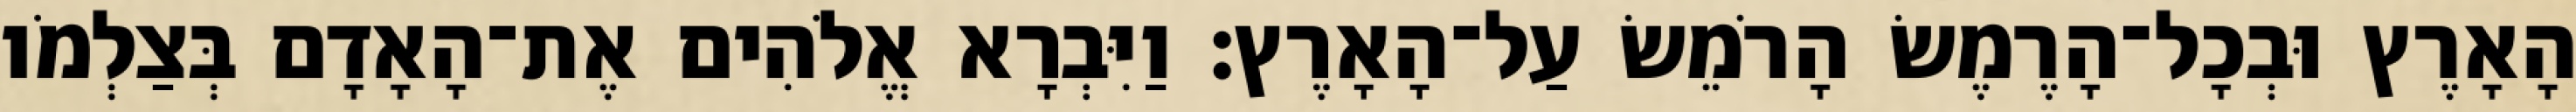
הָאָרֶץ וּבְכָל־הָרֶמֶשׂ הָרֹמֵשׂ עַל־הָאָרֶץ׃ וַיִּבְרָא אֱלֹהִים אֶת־הָאָדָם בְּצַלְמֹו